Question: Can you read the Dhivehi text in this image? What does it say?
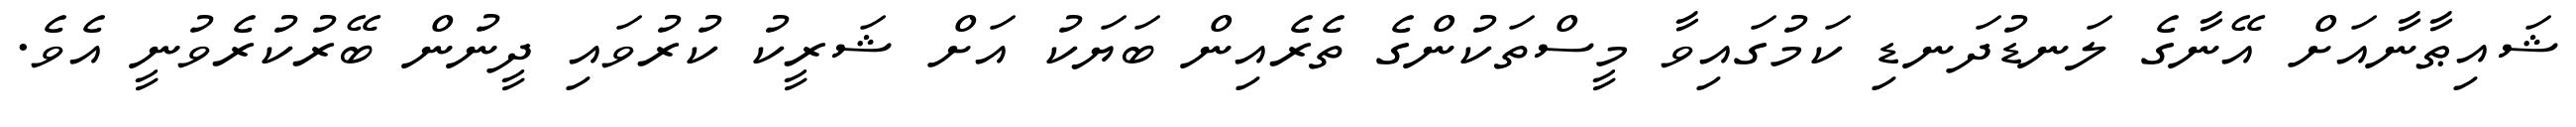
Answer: ޝައިޠާނާއަށް އޭނާގެ ލަނޑުދަނޑި ކަމުގައިވާ މީސްތަކުންގެ ތެރެއިން ބަޔަކު އަށް ޝަރީކު ކުރުވައި ދީނުން ބޭރުކުރެވުނީ އެވެ.